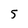
Character: 5